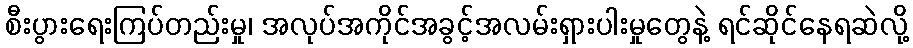
စီးပွားရေးကြပ်တည်းမှု၊ အလုပ်အကိုင်အခွင့်အလမ်းရှားပါးမှုတွေနဲ့ ရင်ဆိုင်နေရဆဲလို့